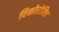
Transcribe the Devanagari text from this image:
विक्तोरोविच